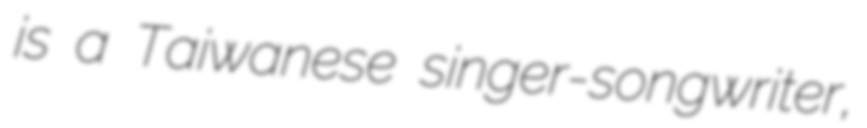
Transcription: is a Taiwanese singer-songwriter,